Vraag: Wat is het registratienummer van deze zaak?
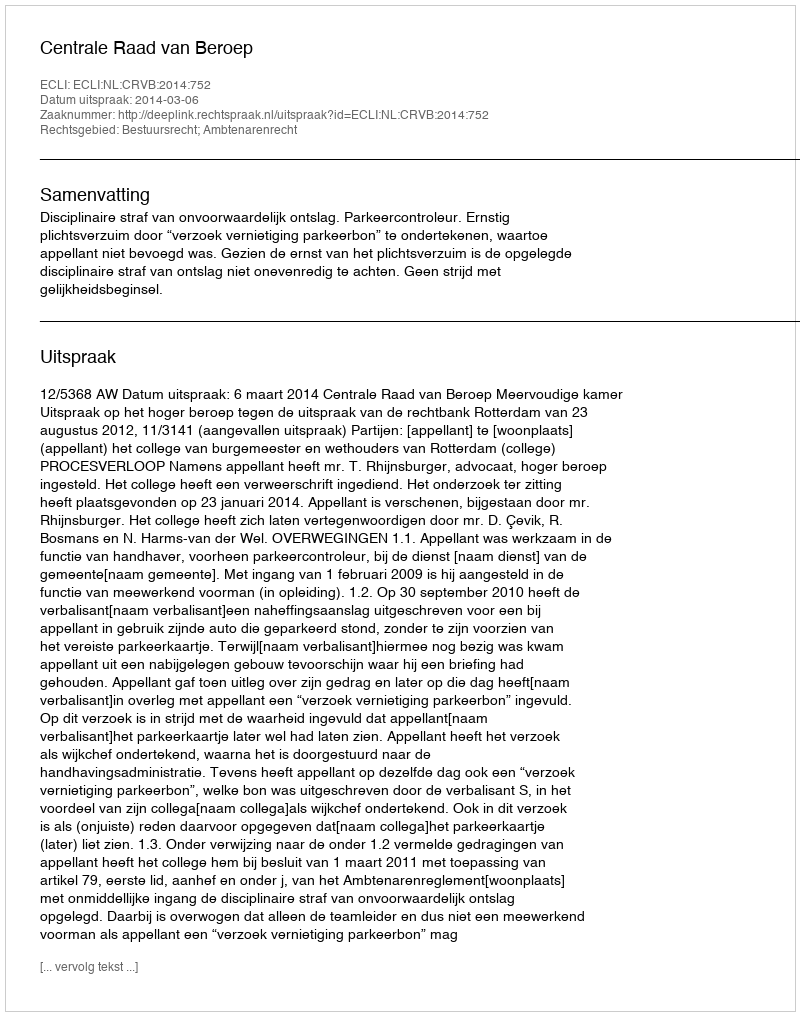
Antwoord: http://deeplink.rechtspraak.nl/uitspraak?id=ECLI:NL:CRVB:2014:752